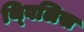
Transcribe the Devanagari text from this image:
थ्‍विलिस